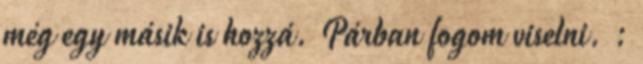
még egy másik is hozzá. Párban fogom viselni. :